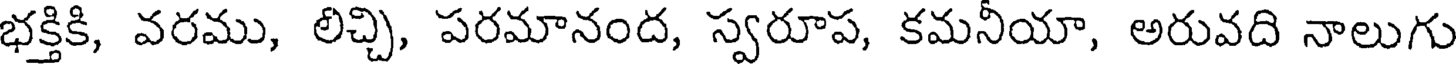
భక్తికి, వరము, లిచ్చి, పరమానంద, స్వరూప, కమనీయా, అరువది నాలుగు